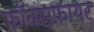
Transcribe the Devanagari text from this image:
फॉक्सफ़ायर